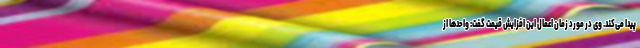
پیدا می‌کند. وی در مورد زمان اعمال این افزایش قیمت گفت:‌ واحدها از